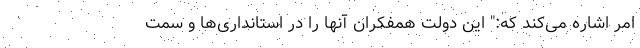
امر اشاره می‌کند که:" این دولت همفکران آنها را در استانداری‌ها و سمت